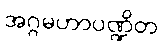
အဂ္ဂမဟာပဏ္ဍိတ